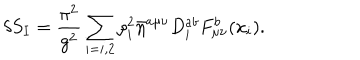
\delta S _ { I } = \frac { \pi ^ { 2 } } { g ^ { 2 } } \sum _ { i = i , 2 } \rho _ { i } ^ { 2 } \bar { \eta } ^ { a \mu \nu } D _ { i } ^ { a b } F _ { \mu \nu } ^ { b } ( x _ { i } ) .